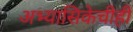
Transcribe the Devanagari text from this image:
अभ्यासिकेचीही